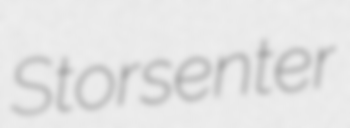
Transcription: Storsenter